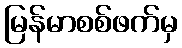
မြန်မာစစ်ဖက်မှ